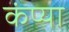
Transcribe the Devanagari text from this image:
कंप्या